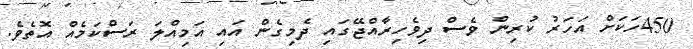
450ހަކަށް އަހަރު ކުރިން ވެސް ދިވެހިރާއްޖޭގައި ދެމިގެން އައި އަމިއްލަ ރަސްކަމެއް އޮތެވެ.